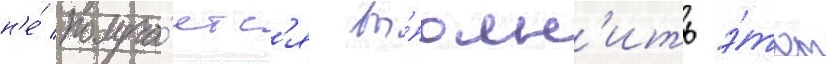
н'е́ получа́етс'я вы́полн'ить э́тот